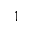
^ 1